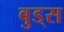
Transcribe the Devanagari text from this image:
बुड्‌स